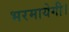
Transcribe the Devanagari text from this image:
भरमायेगी।